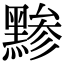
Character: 黪